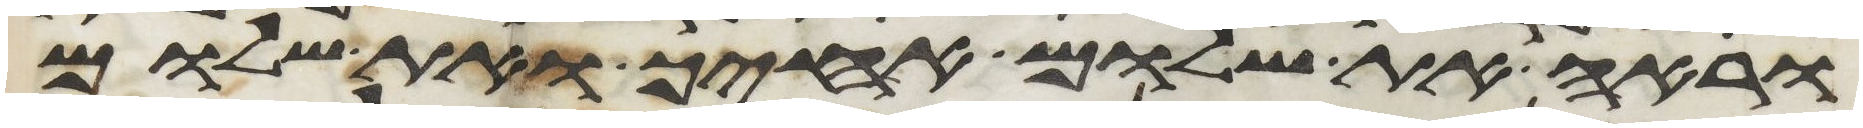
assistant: וראה את שלום אחיך ואת שלום